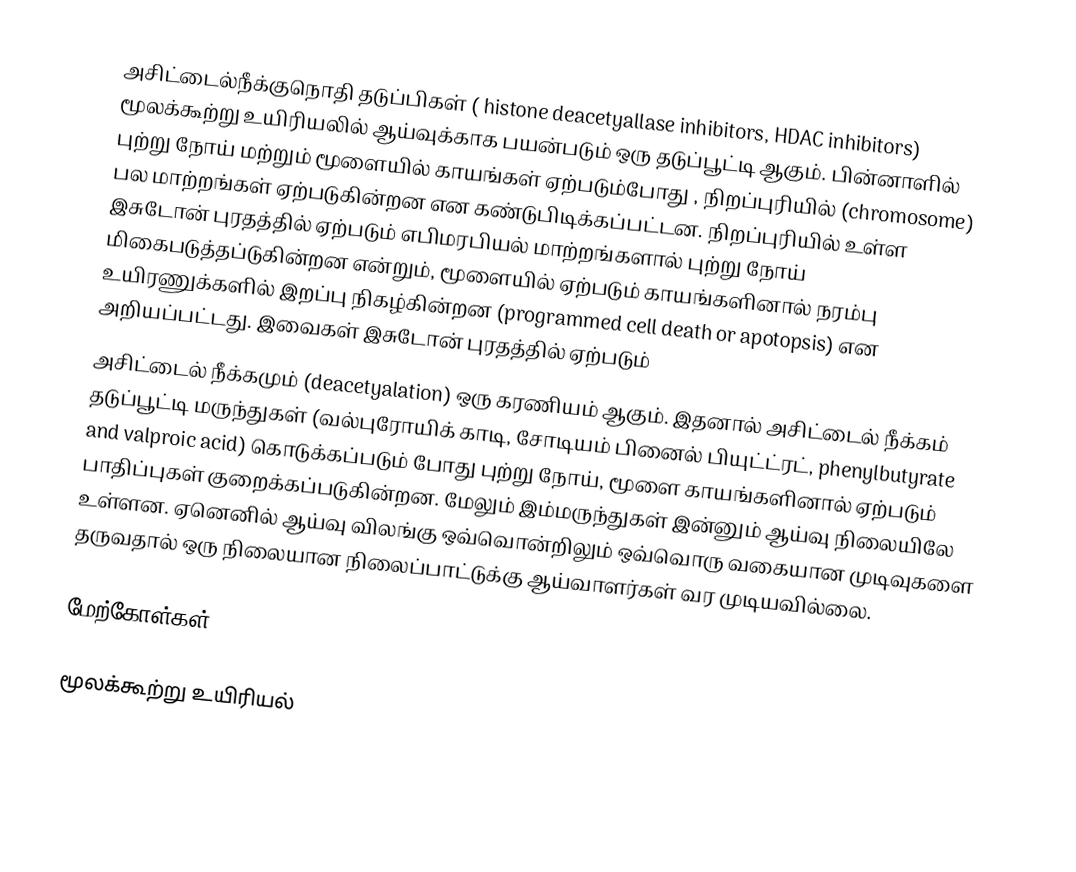
அசிட்டைல்நீக்குநொதி தடுப்பிகள் ( histone deacetyallase inhibitors, HDAC inhibitors) மூலக்கூற்று உயிரியலில் ஆய்வுக்காக பயன்படும் ஒரு தடுப்பூட்டி ஆகும். பின்னாளில் புற்று நோய் மற்றும் மூளையில் காயங்கள் ஏற்படும்போது , நிறப்புரியில் (chromosome) பல மாற்றங்கள் ஏற்படுகின்றன என கண்டுபிடிக்கப்பட்டன. நிறப்புரியில் உள்ள இசுடோன் புரதத்தில் ஏற்படும் எபிமரபியல் மாற்றங்களால் புற்று நோய் மிகைபடுத்தப்டுகின்றன என்றும், மூளையில் ஏற்படும் காயங்களினால் நரம்பு உயிரணுக்களில் இறப்பு நிகழ்கின்றன (programmed cell death or apotopsis) என அறியப்பட்டது. இவைகள் இசுடோன் புரதத்தில் ஏற்படும்
அசிட்டைல் நீக்கமும் (deacetyalation)  ஒரு கரணியம் ஆகும். இதனால் அசிட்டைல் நீக்கம் தடுப்பூட்டி மருந்துகள் (வல்புரோயிக் காடி, சோடியம் பினைல் பியுட்ட்ரட், phenylbutyrate and valproic acid) கொடுக்கப்படும் போது புற்று நோய், மூளை காயங்களினால் ஏற்படும் பாதிப்புகள் குறைக்கப்படுகின்றன. மேலும் இம்மருந்துகள் இன்னும் ஆய்வு நிலையிலே உள்ளன. ஏனெனில் ஆய்வு விலங்கு ஒவ்வொன்றிலும் ஒவ்வொரு வகையான முடிவுகளை தருவதால் ஒரு நிலையான நிலைப்பாட்டுக்கு ஆய்வாளர்கள் வர முடியவில்லை.

மேற்கோள்கள்

மூலக்கூற்று உயிரியல்